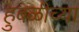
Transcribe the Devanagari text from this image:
हुबळीच्या